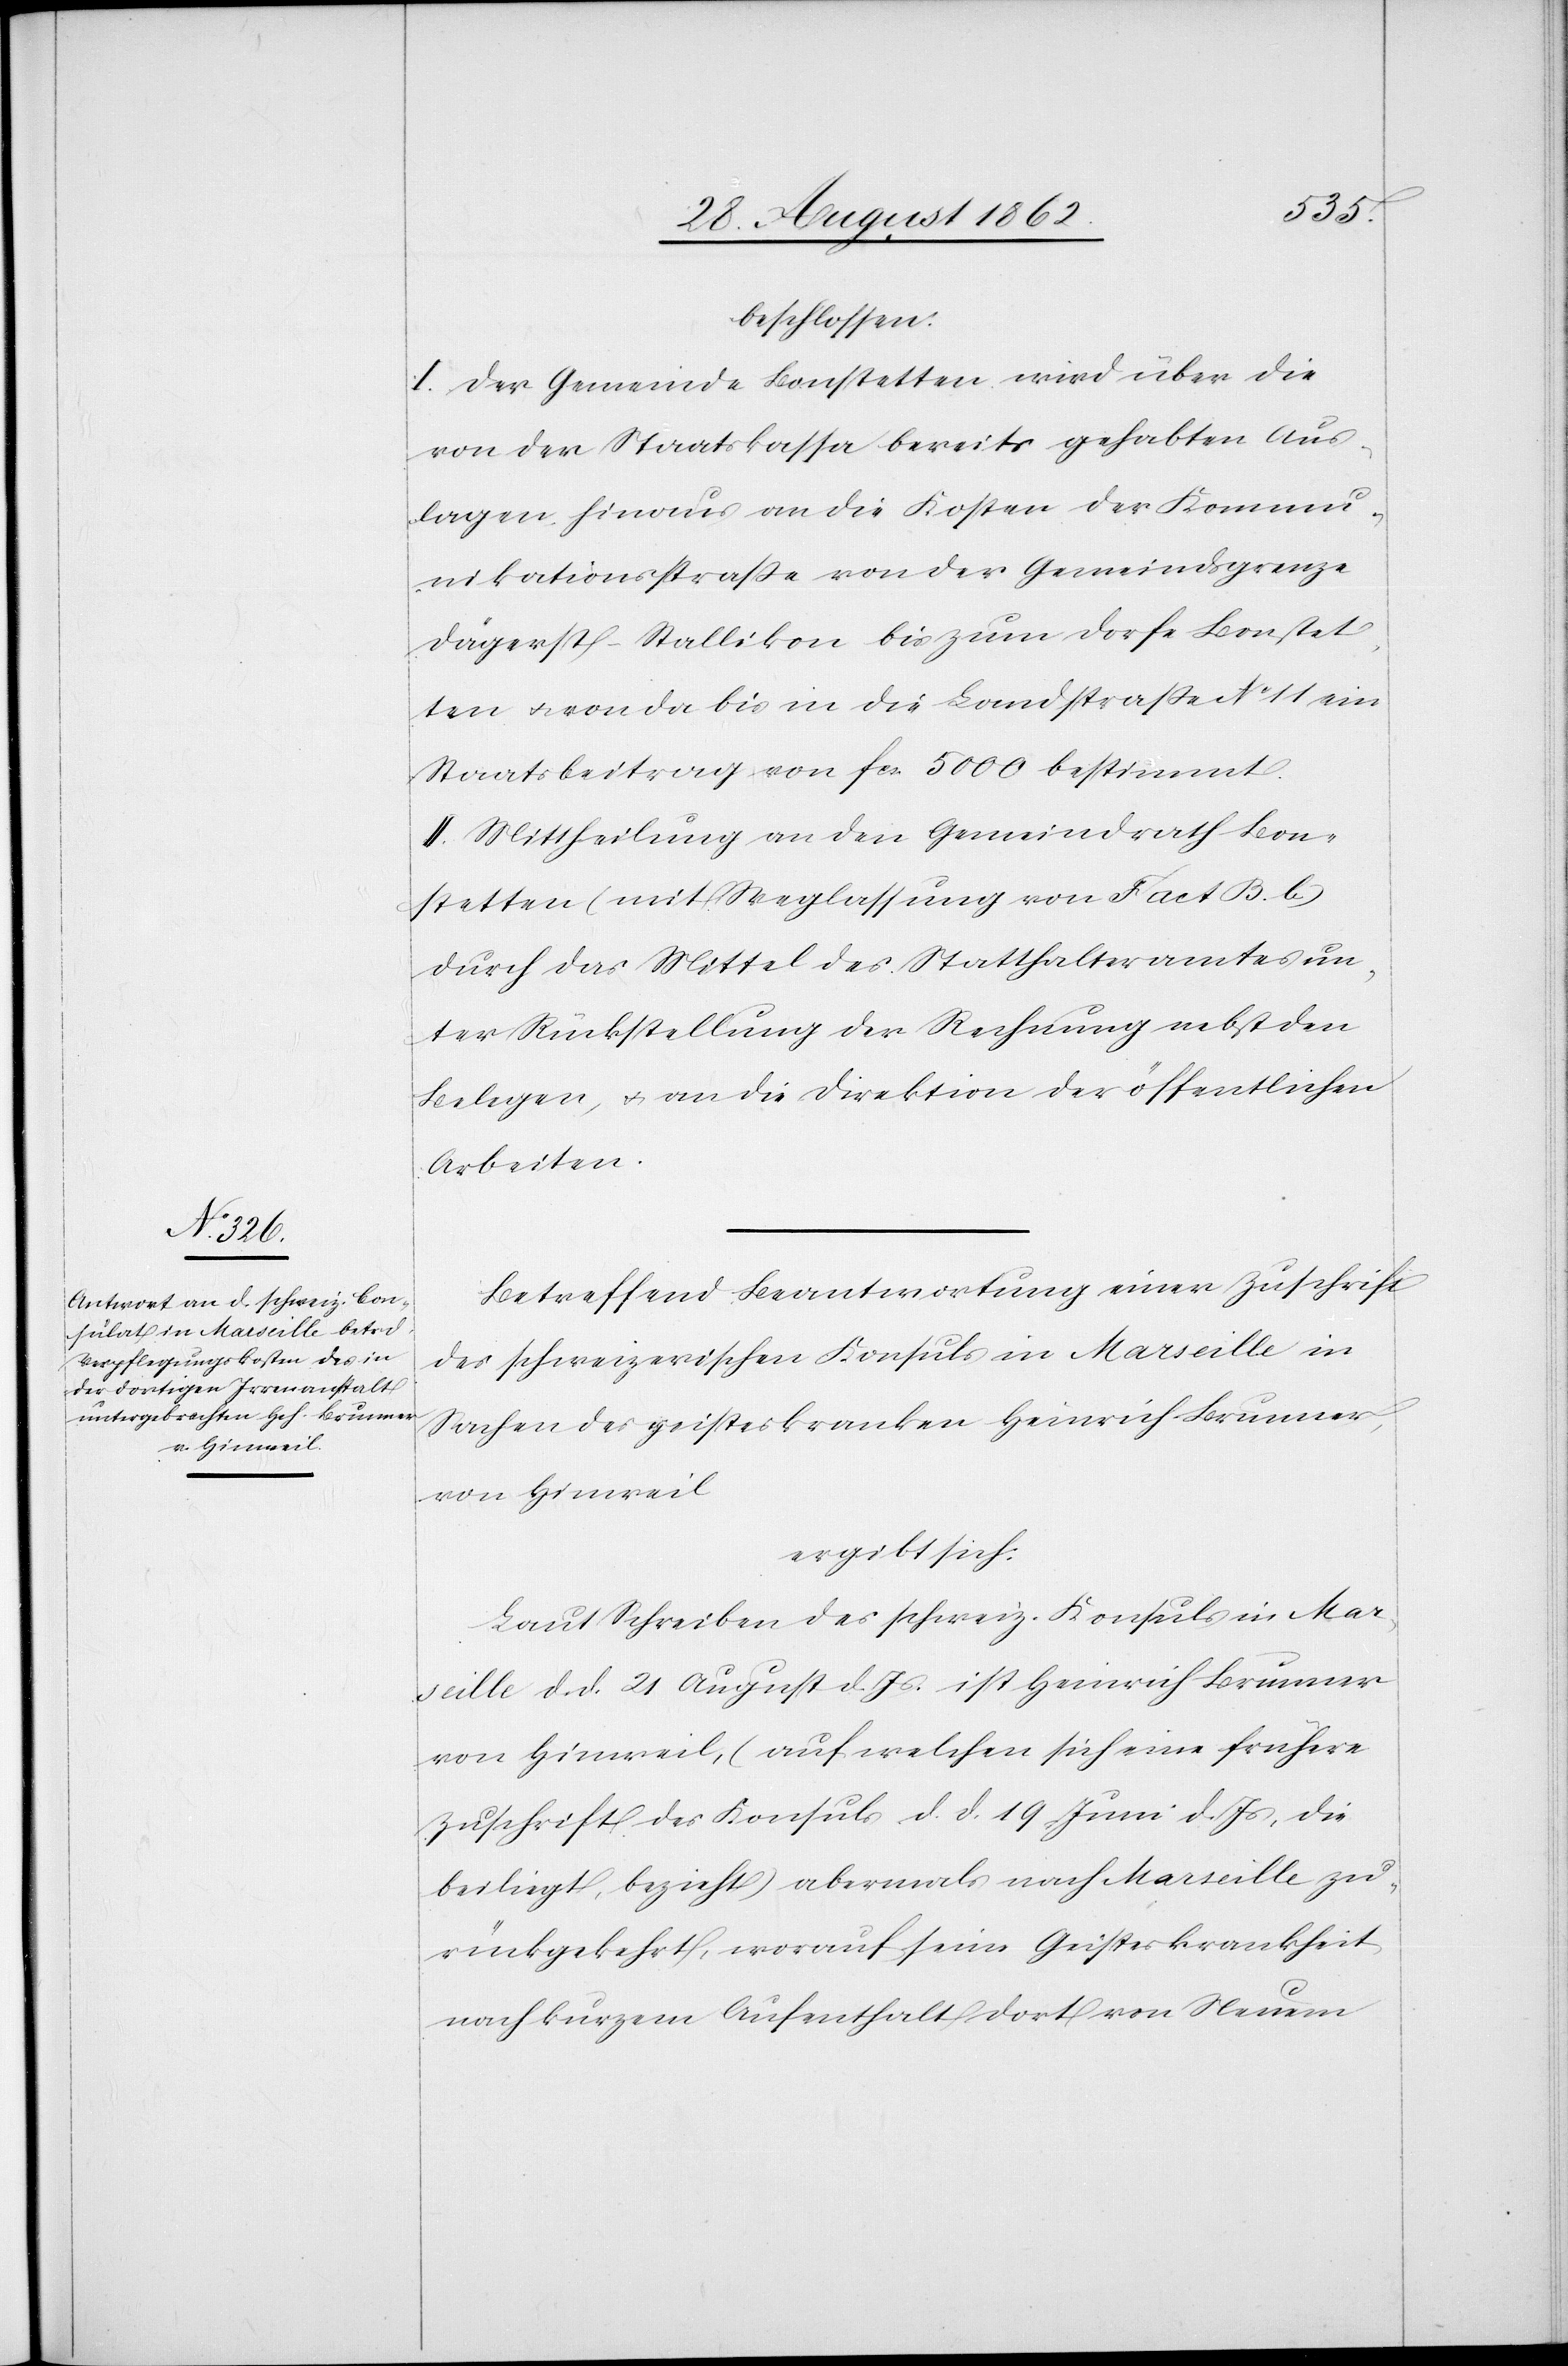
beschlossen:
I. Der Gemeinde Bonstetten wird über die
von der Staatskassa bereits gehabten Aus¬
lagen hinaus, an die Kosten der Kommu¬
nikationsstraße von der Gemeindsgrenze
Dägerst-Stallikon bis zum Dorfe Bonstet¬
ten u. von da bis in die Landstraße No 11 ein
Staatsbeitrag von fcs. 5000 bestimmt.
II. Mittheilung an den Gemeindrath Bon¬
stetten (mit Weglassung von Fact. B. b.)
durch das Mittel des Statthalteramtes un¬
ter Rückstellung der Rechnung nebst den
Belegen, u. an die Direktion der öffentlichen
Arbeiten.
Betreffend Beantwortung einer Zuschrift
des schweizerischen Konsuls in Marseille in
Sachen des geisteskranken Heinrich Brunner,
von Hinweil
ergibt sich:
Laut Schreiben des schweiz. Konsuls in Mar¬
seille d. d. 21. August d. Js. ist Heinrich Brunner
von Hinweil. (auf welchen sich eine frühere
Zuschrift des Konsuls d. d. 19. Juni d. Js., die
beiliegt, bezieht) abermals nach Marseille zu¬
rückgekehrt, worauf seine Geistskrankheit
nach kurzem Aufenthalt dort von Neuem